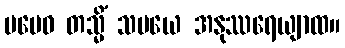
မမေဝ တသ္မိံ သမယေ အနုဿရေယျာထ။